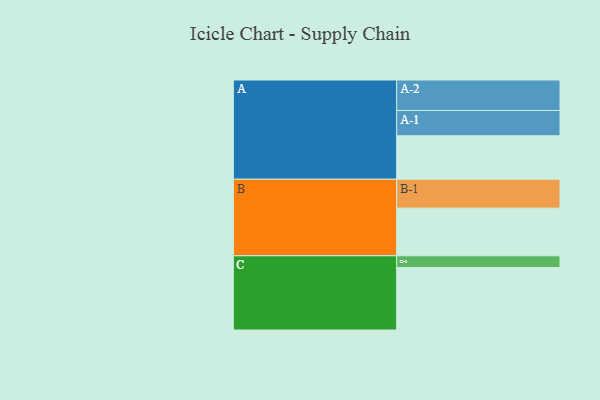
{"axis": {"x": "Segment", "y": "Value"}, "legend": ["", "A", "B", "C"], "data": [{"x": "A", "y": 379, "type": ""}, {"x": "B", "y": 415, "type": ""}, {"x": "C", "y": 544, "type": ""}, {"x": "A-1", "y": 220, "type": "A"}, {"x": "A-2", "y": 266, "type": "A"}, {"x": "B-1", "y": 252, "type": "B"}, {"x": "C-1", "y": 103, "type": "C"}]}